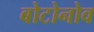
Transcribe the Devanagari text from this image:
बोटोनोव